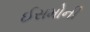
ઈસમોની